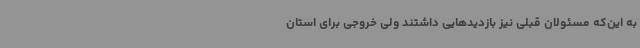
به این‌که مسئولان قبلی نیز بازدیدهایی داشتند ولی خروجی برای استان